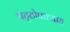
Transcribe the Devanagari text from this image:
चट्‌टोपाध्याय